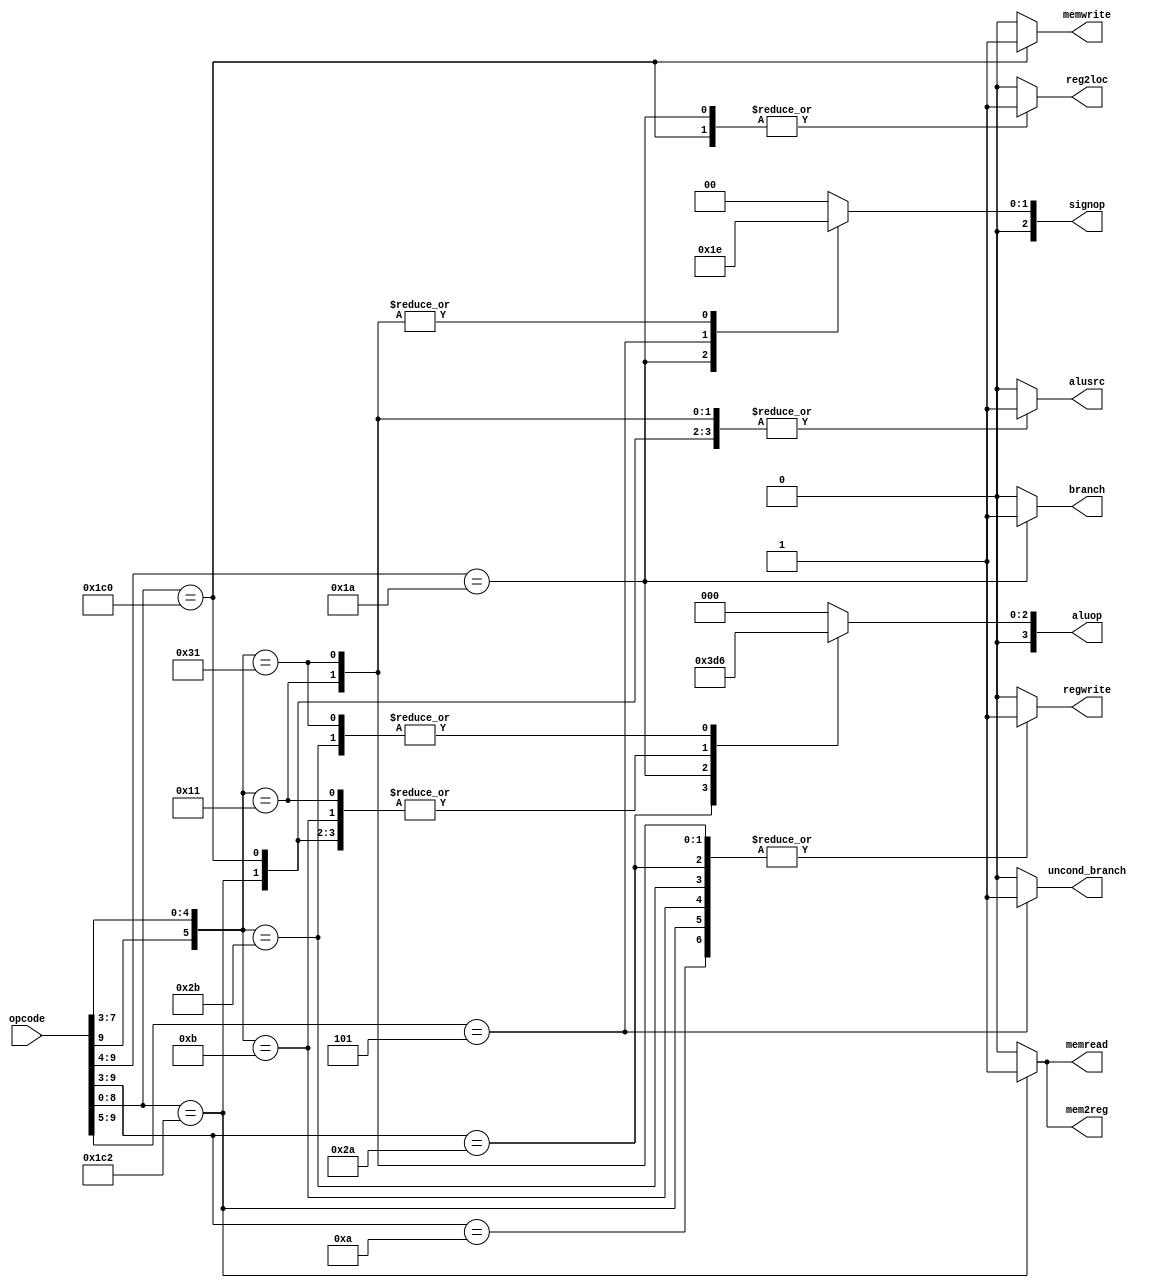
`define OPCODE_ANDREG 11'b?0001010???
`define OPCODE_ORRREG 11'b?0101010???
`define OPCODE_ADDREG 11'b?0?01011???
`define OPCODE_SUBREG 11'b?1?01011???

`define OPCODE_ADDIMM 11'b?0?10001???
`define OPCODE_SUBIMM 11'b?1?10001???

`define OPCODE_MOVZ   11'b110100101??

`define OPCODE_B      11'b?00101?????
`define OPCODE_CBZ    11'b?011010????

`define OPCODE_LDUR   11'b??111000010
`define OPCODE_STUR   11'b??111000000

module control(
	       output reg 	reg2loc,
	       output reg 	alusrc,
	       output reg 	mem2reg,
	       output reg 	regwrite,
	       output reg 	memread,
	       output reg 	memwrite,
	       output reg 	branch,
	       output reg 	uncond_branch,
	       output reg [3:0] aluop,
	       output reg [2:0] signop, // added one bit to the output (I believe it will be needed)
	       input [10:0] 	opcode
	       );

   always @(*)
     begin
	casez (opcode)

          /* Add cases here for each instruction your processor supports */
	  // Values are from the last question in pre-lab 9

	  `OPCODE_LDUR: begin 
             reg2loc         <= #3 1'b0;
             alusrc          <= #3 1'b1;
             mem2reg         <= #3 1'b1;
             regwrite        <= #3 1'b1;
             memread         <= #3 1'b1;
             memwrite        <= #3 1'b0;
             branch          <= #3 1'b0;
             uncond_branch   <= #3 1'b0;
             aluop           <= 4'b0010; 
             signop          <= 3'b000; 
	  end

	  `OPCODE_STUR: begin 
             reg2loc         <= #3 1'b1;
             alusrc          <= #3 1'b1;
             mem2reg         <= #3 1'b0;
             regwrite        <= #3 1'b0;
             memread         <= #3 1'b0;
             memwrite        <= #3 1'b1;
             branch          <= #3 1'b0;
             uncond_branch   <= #3 1'b0;
             aluop           <= 4'b0010;
             signop          <= 3'b000;   
	  end
	  
	  `OPCODE_ADDREG: begin 
             reg2loc         <= #3 1'b0;
             alusrc          <= #3 1'b0;
             mem2reg         <= #3 1'b0;
             regwrite        <= #3 1'b1;
             memread         <= #3 1'b0;
             memwrite        <= #3 1'b0;
             branch          <= #3 1'b0;
             uncond_branch   <= #3 1'b0;
             aluop           <= 4'b0010;
             signop          <= 3'b000;
	  end
	  `OPCODE_SUBREG: begin 
             reg2loc         <= #3 1'b0;
             alusrc          <= #3 1'b0;
             mem2reg         <= #3 1'b0;
             regwrite        <= #3 1'b1;
             memread         <= #3 1'b0;
             memwrite        <= #3 1'b0;
             branch          <= #3 1'b0;
             uncond_branch   <= #3 1'b0;
             aluop           <= 4'b0110;
             signop          <= 3'b000;

          end
	  `OPCODE_ANDREG: begin 
             reg2loc         <= #3 1'b0;
             alusrc          <= #3 1'b0;
             mem2reg         <= #3 1'b0;
             regwrite        <= #3 1'b1;
             memread         <= #3 1'b0;
             memwrite        <= #3 1'b0;
             branch          <= #3 1'b0;
             uncond_branch   <= #3 1'b0;
             aluop           <= 4'b0000;
             signop          <= 3'b000;        
          end

	  `OPCODE_ORRREG: begin 
             reg2loc         <= #3 1'b0;
             alusrc          <= #3 1'b0;
             mem2reg         <= #3 1'b0;
             regwrite        <= #3 1'b1;
             memread         <= #3 1'b0;
             memwrite        <= #3 1'b0;
             branch          <= #3 1'b0;
             uncond_branch   <= #3 1'b0;
             aluop           <= 4'b0001;
             signop          <= 3'b000;
	  end
	  
	  `OPCODE_CBZ: begin 
             reg2loc         <= #3 1'b1;
             alusrc          <= #3 1'b0;
             mem2reg         <= #3 1'b0;
             regwrite        <= #3 1'b0;
             memread         <= #3 1'b0;
             memwrite        <= #3 1'b0;
             branch          <= #3 1'b1;
             uncond_branch   <= #3 1'b0;
             aluop           <= 4'b0111;
             signop          <= 3'b001;
	  end

	  `OPCODE_B: begin 
             reg2loc         <= #3 1'b0;
             alusrc          <= #3 1'b0;
             mem2reg         <= #3 1'b0;
             regwrite        <= #3 1'b0;
             memread         <= #3 1'b0;
             memwrite        <= #3 1'b0;
             branch          <= #3 1'b0;
             uncond_branch   <= #3 1'b1;
             aluop           <= 4'b0000;
             signop          <= 3'b011;        
	  end

	  `OPCODE_ADDIMM: begin 
             reg2loc         <= #3 1'b0;
             alusrc          <= #3 1'b1;
             mem2reg         <= #3 1'b0;
             regwrite        <= #3 1'b1;
             memread         <= #3 1'b0;
             memwrite        <= #3 1'b0;
             branch          <= #3 1'b0;
             uncond_branch   <= #3 1'b0;
             aluop           <= 4'b0010;
             signop          <= 3'b010;        
	  end

	  `OPCODE_SUBIMM: begin 
             reg2loc         <= #3 1'b0;
             alusrc          <= #3 1'b1;
             mem2reg         <= #3 1'b0;
             regwrite        <= #3 1'b1;
             memread         <= #3 1'b0;
             memwrite        <= #3 1'b0;
             branch          <= #3 1'b0;
             uncond_branch   <= #3 1'b0;
             aluop           <= 4'b0110;
             signop          <= 3'b010;        
	  end

	  default:
	    begin
               reg2loc       <= 1'b0;
               alusrc        <= 1'b0;
               mem2reg       <= 1'b0;
               regwrite      <= 1'b0;
               memread       <= 1'b0;
               memwrite      <= 1'b0;
               branch        <= 1'b0;
               uncond_branch <= 1'b0;
               aluop         <= 4'b0000;
               signop        <= 3'b000;
	    end
	endcase
     end

endmodule